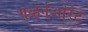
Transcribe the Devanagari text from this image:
गव्हर्नओरेट